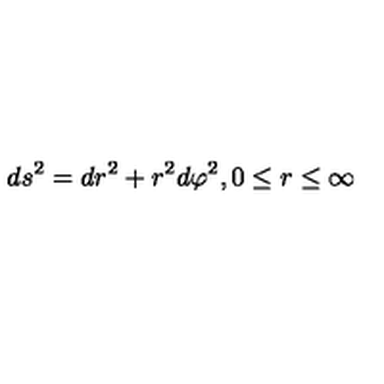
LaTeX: d s ^ { 2 } = d r ^ { 2 } + r ^ { 2 } d \varphi ^ { 2 } , 0 \leq r \leq \infty